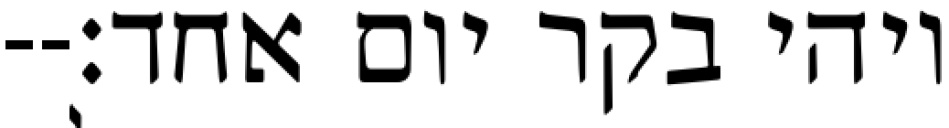
ויהי בקר יום אחד׃--